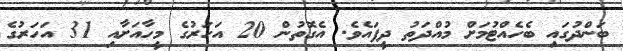
ބަންދުގައި ބެހެއްޓުމަށް މުއްދަތު ދީފައެވެ. އެގޮތުން 20 އަހަރުގެ މީހާއަށާއި 31 އަހަރުގެ